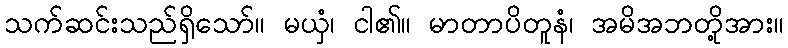
သက်ဆင်းသည်ရှိသော်။ မယှံ၊ ငါ၏။ မာတာပိတူနံ၊ အမိအဘတို့အား။